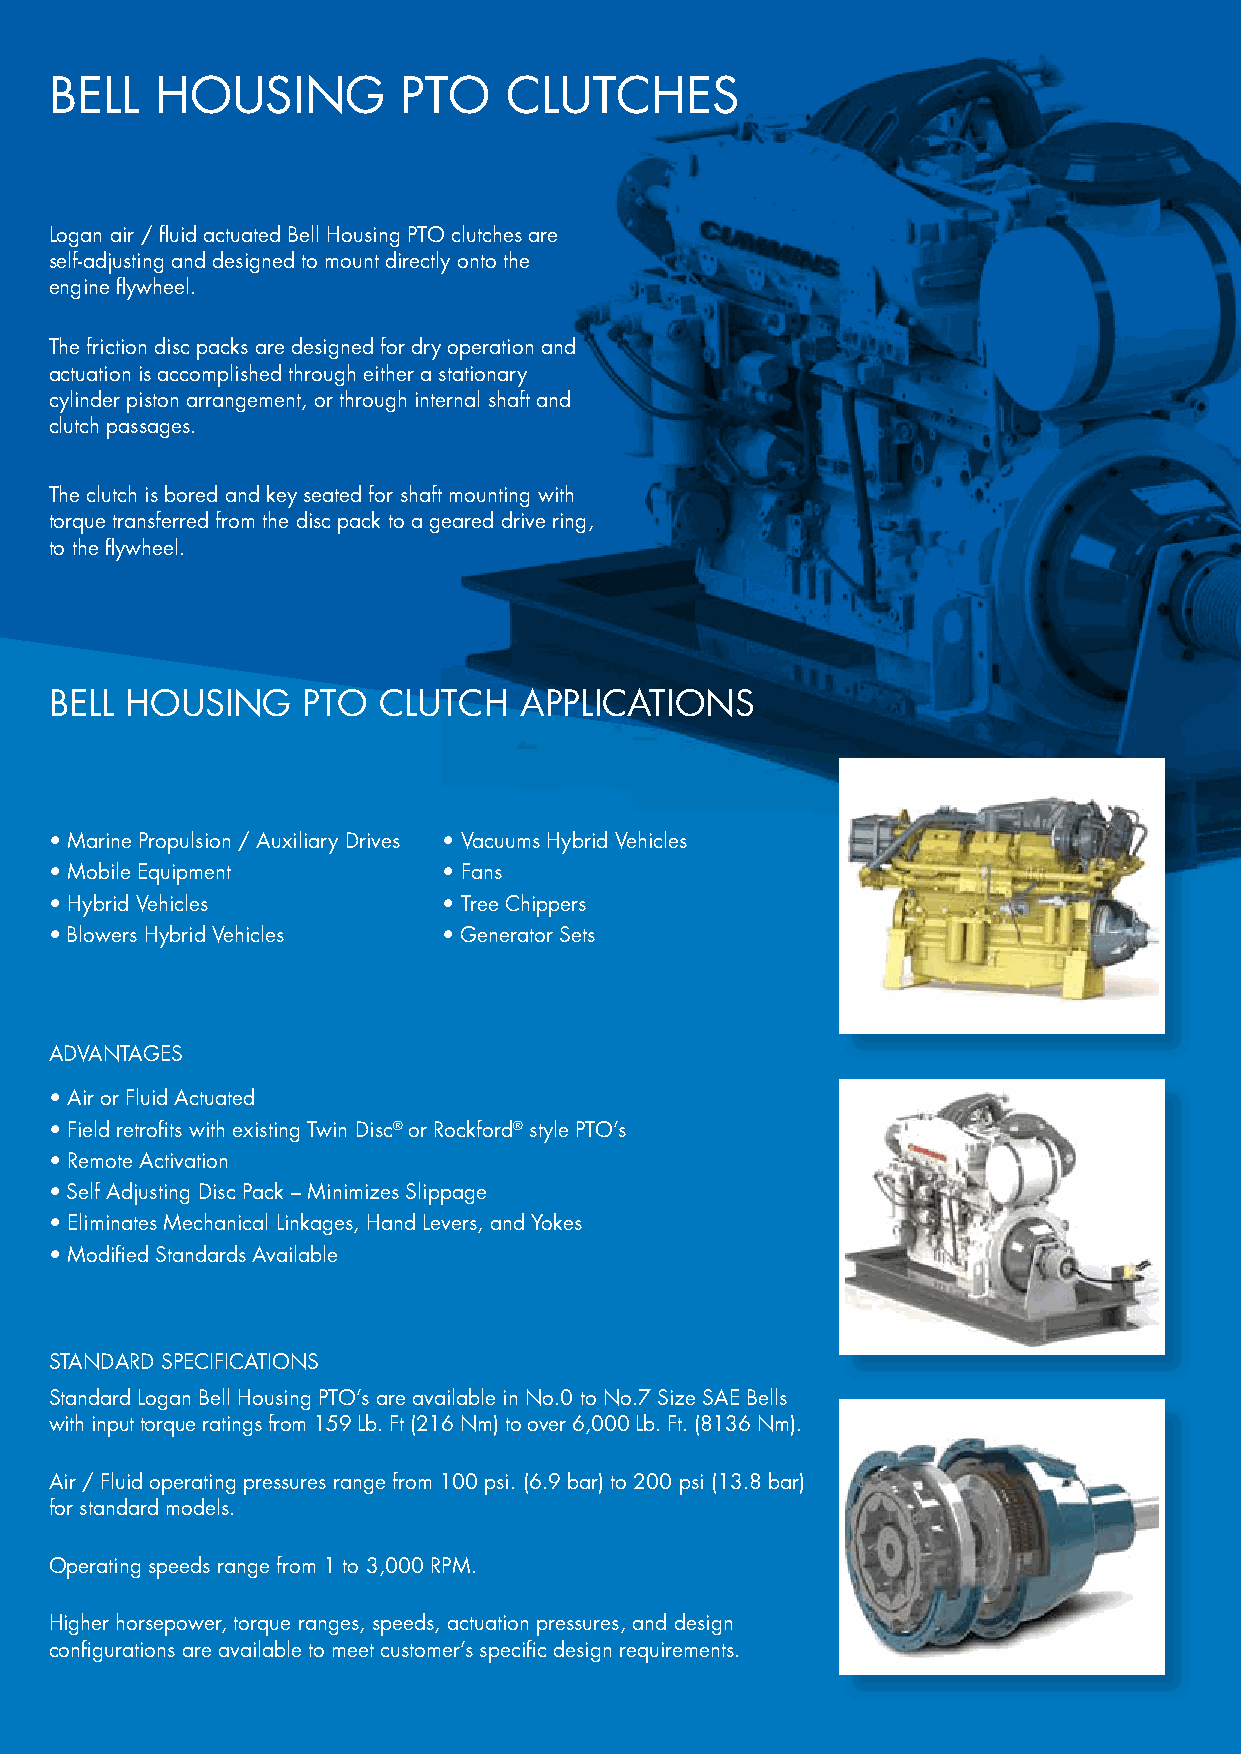
BeLL   HOUsIng          PTO   CLUTCHes
 Logan air / fluid actuated Bell Housing PTO clutches are
 self-adjusting and designed to mount directly onto the
 engine flywheel.
 The friction disc packs are designed for dry operation and
 actuation is accomplished through either a stationary
 cylinder piston arrangement, or through internal shaft and
 clutch passages.
 The clutch is bored and key seated for shaft mounting with
 torque transferred from the disc pack to a geared drive ring,
 to the flywheel.
 BeLL HOUsIng     PTO  CLUTCH   APPLICATIOns
 • Marine Propulsion / Auxiliary Drives • Vacuums Hybrid Vehicles
 • Mobile Equipment        • Fans
 • Hybrid Vehicles         • Tree Chippers
 • Blowers Hybrid Vehicles • Generator Sets
 AdvAnTAges
 • Air or Fluid Actuated
 • Field retrofits with existing Twin Disc® or Rockford® style PTO’s
 • Remote Activation
 • Self Adjusting Disc Pack – Minimizes Slippage
 • Eliminates Mechanical Linkages, Hand Levers, and Yokes
 • Modified Standards Available
 sTAndARd sPeCIFICATIOns
 Standard Logan Bell Housing PTO’s are available in No.0 to No.7 Size SAE Bells
 with input torque ratings from 159 Lb. Ft (216 Nm) to over 6,000 Lb. Ft. (8136 Nm).
 Air / Fluid operating pressures range from 100 psi. (6.9 bar) to 200 psi (13.8 bar)
 for standard models.
 Operating speeds range from 1 to 3,000 RPM.
 Higher horsepower, torque ranges, speeds, actuation pressures, and design
 configurations are available to meet customer’s specific design requirements.